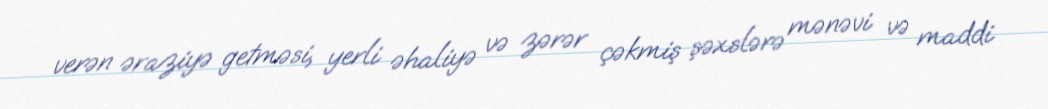
verən əraziyə getməsi, yerli əhaliyə və zərər çəkmiş şəxslərə mənəvi və maddi